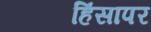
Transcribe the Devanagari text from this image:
हिंसापर